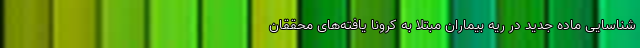
شناسایی ماده جدید در ریه بیماران مبتلا به کرونا یافته‌های محققان